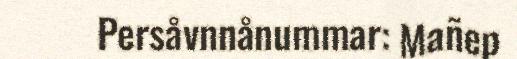
Persåvnnånummar: Mañep